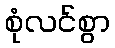
စုံလင်စွာ